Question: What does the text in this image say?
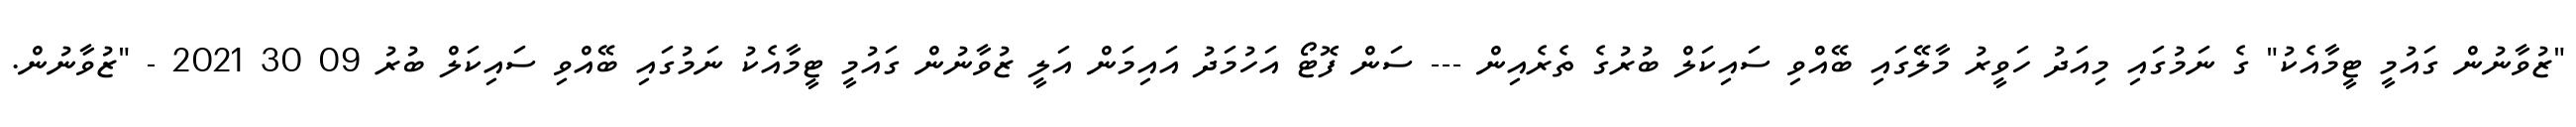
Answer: "ޒުވާނުން ގައުމީ ޓީމާއެކު" ގެ ނަމުގައި މިއަދު ހަވީރު މާލޭގައި ބޭއްވި ސައިކަލް ބުރުގެ ތެރެއިން --- ސަން ފޮޓޯ އަހުމަދު އައިމަން އަލީ ޒުވާނުން ގައުމީ ޓީމާއެކު ނަމުގައި ބޭއްވި ސައިކަލް ބުރު 09 30 2021 - "ޒުވާނުން.